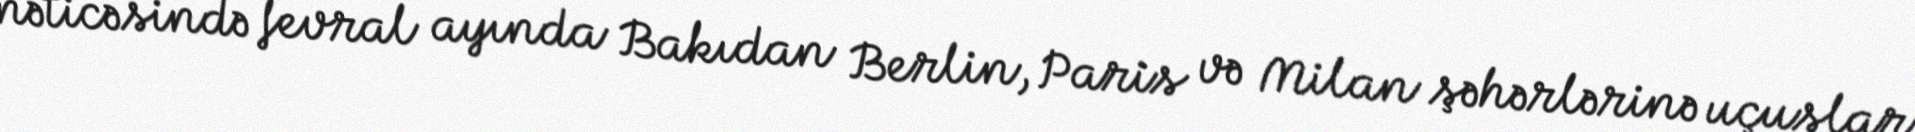
nəticəsində fevral ayında Bakıdan Berlin, Paris və Milan şəhərlərinə uçuşlar